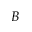
B